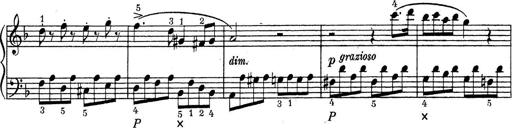
Title: ÄŒeskÃ© Sonatiny
Composer: Various